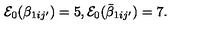
{ \cal E } _ { 0 } ( \beta _ { 1 i j ^ { \prime } } ) = 5 , { \cal E } _ { 0 } ( \bar { \beta } _ { 1 i j ^ { \prime } } ) = 7 .